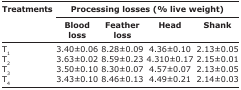
<table><thead><tr><td rowspan="3"><b>Treatments</b></td><td colspan="4"><b>Processing losses (% live weight)</b></td></tr><tr><td><b>Blood loss</b></td><td><b>Feather loss</b></td><td><b>Head</b></td><td><b>Shank</b></td></tr></thead><tbody><tr><td>T<sub>1</sub></td><td>3.40±0.06</td><td>8.28±0.09</td><td>4.36±0.10</td><td>2.13±0.05</td></tr><tr><td>T<sub>2</sub></td><td>3.63±0.02</td><td>8.59±0.23</td><td>4.310±0.17</td><td>2.15±0.01</td></tr><tr><td>T<sub>3</sub></td><td>3.50±0.10</td><td>8.30±0.07</td><td>4.57±0.07</td><td>2.13±0.05</td></tr><tr><td>T<sub>4</sub></td><td>3.43±0.10</td><td>8.46±0.13</td><td>4.49±0.21</td><td>2.14±0.03</td></tr></tbody></table>